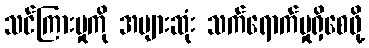
သင်ကြားမှုကို အများဆုံး သက်ရောက်မှုရှိစေဖို့